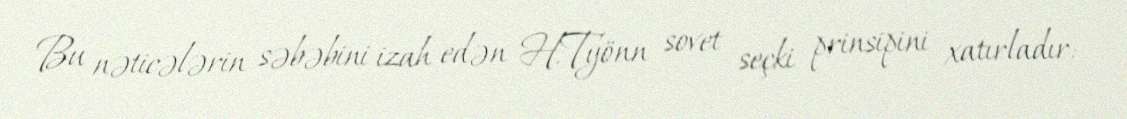
Bu nəticələrin səbəbini izah edən H.Työnn sovet seçki prinsipini xatırladır: